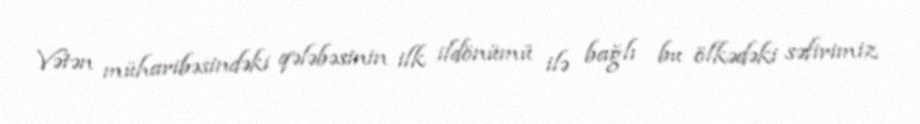
Vətən müharibəsindəki qələbəsinin ilk ildönümü ilə bağlı bu ölkədəki səfirimiz